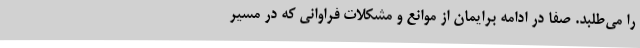
را می‌طلبد. صفا در ادامه برایمان از موانع و مشکلات فراوانی که در مسیر